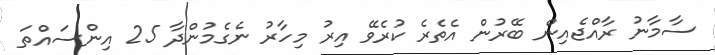
ސާމާނު ރާއްޖެއިން ބޭރުން އެތެރެ ކުރެވޭ އިރު މިހާރު ނެގެމުންދާ 25 އިންސައްތަ